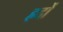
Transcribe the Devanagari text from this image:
ह्रदों